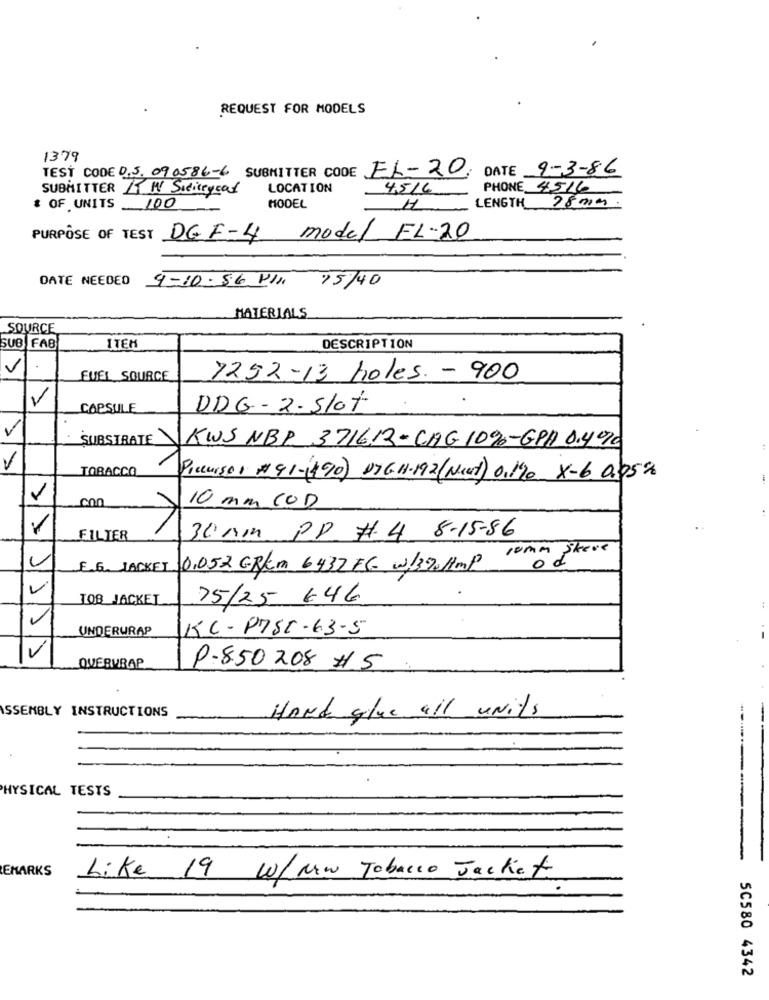
REQUEST FOR MODELS
1379
TEST CODE 0.5. 090586-6 SUBMITTER CODE EL-20,
DATE 9-3-86
SUBMITTER AT MY Sidiceyeat
LOCATION
4516
PHONE 4516
* OF UNITS 100
MODEL
H
LENGTH 28 00m.
PURPOSE OF TEST DE F-4 model EL-20
DATE NEEDED 9-10-86 PIN 15/40
MATERIALS
SOURCE
SUB FAB
ITEM
DESCRIPTION
V
.
FUEL SOURCE
7252-13 holes - 900
-
CAPSULE
DDG - 2- Slot
SUBSTRATE
KWS NBP 371612-CAG 10%-GPA 0.490
TOBACCO
Precursor #41-1490) DIG. 1.192(Next) 0,190 x-6 0.05%
10 mm COD
30 no PP #4 8-15-86
FILTER
comm Skere
E.G. JACKEL
0,052 GR/m 6432 FG w/370Amp
od
V
LOB_JACKET
75/25 646
v
UNDERURAP
KC - P7SC -63-5
V
QUERWRAP
P.850 208 #1 5
SSEMBLY INSTRUCTIONS
HANK glue all units
HYSICAL TESTS
---
EMARKS
Like 19 W/MW Tobacco Jacket
5C580 4342